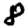
Digit: 8